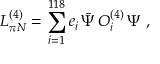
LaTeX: { \cal L } _ { \pi N } ^ { ( 4 ) } = \sum _ { i = 1 } ^ { 1 1 8 } e _ { i } \, \bar { \Psi } \, O _ { i } ^ { ( 4 ) } \, \Psi ~ ,